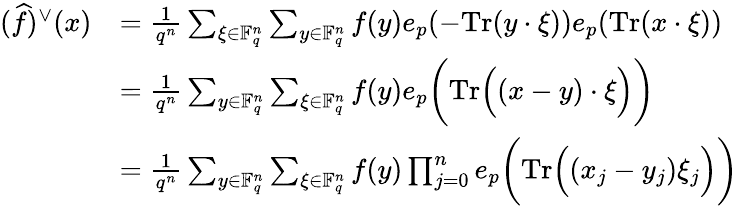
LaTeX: \begin{array}{rl}{(\widehat f)^{\vee}(x)}&{=\frac{1}{q^{n}}\sum_{\xi\in\mathbb{F}_{q}^{n}}\sum_{y\in\mathbb{F}_{q}^{n}}f(y)e_{p}(-\textup{Tr}(y\cdot\xi))e_{p}(\textup{Tr}(x\cdot\xi))}\\ &{=\frac{1}{q^{n}}\sum_{y\in\mathbb{F}_{q}^{n}}\sum_{\xi\in\mathbb{F}_{q}^{n}}f(y)e_{p}\bigg(\textup{Tr}\Big((x-y)\cdot\xi\Big)\bigg)}\\ &{=\frac{1}{q^{n}}\sum_{y\in\mathbb{F}_{q}^{n}}\sum_{\xi\in\mathbb{F}_{q}^{n}}f(y)\prod_{j=0}^{n}e_{p}\bigg(\textup{Tr}\Big((x_{j}-y_{j})\xi_{j}\Big)\bigg)}\end{array}